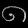
Digit: ၈